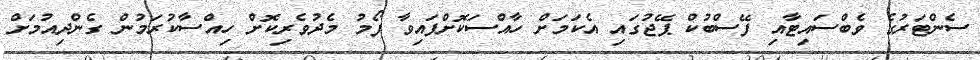
ސެންޓަރުގެ ވެބްސައިޓާއި ފޭސްބުކް ޕޭޖުގައި އެކަމަށް ހާއްސަކޮށްފައިވާ ފޯމު މެދުވެރިކޮށް ހިއްސާކުރަމުން ގެންދިއުމަށް